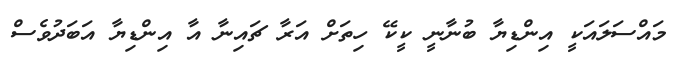
މައްސަލައަކީ އިންޑިޔާ ބުނާނީ ކީކޭ ހިތަށް އަރާ ޗައިނާ އާ އިންޑިޔާ އަބަދުވެސް